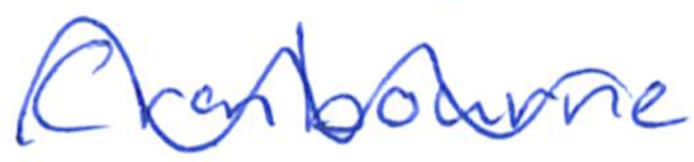
Text: Cranbourne
Cross-out: wave
Writing tool: ballpoint